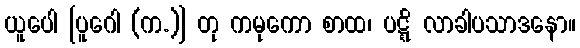
ယူပေါ [ပူဂေါ (က.)] တု ကမုကော စာထ၊ ပဋ္ဋိ လာခါပသာဒနော။